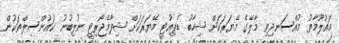
މައުލޫމާތު މުއްސަނދިވި މާލޭގެ މޭޔަރަކަށް ޝިހާބު ޑެޕިއުޓީ މޭޔަރަކަށް ޝިފާމެޖޯރިޓީ ނުލިބުނު ކައުންސިލްތަކުން